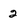
Character: 2